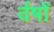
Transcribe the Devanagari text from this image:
र्वषों